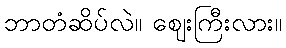
ဘာတံဆိပ်လဲ။ ဈေးကြီးလား။